Annual report of the Punjab Veterinary College and of the Civil Veterinary Department, Punjab - 1894-1908
Year: 1894
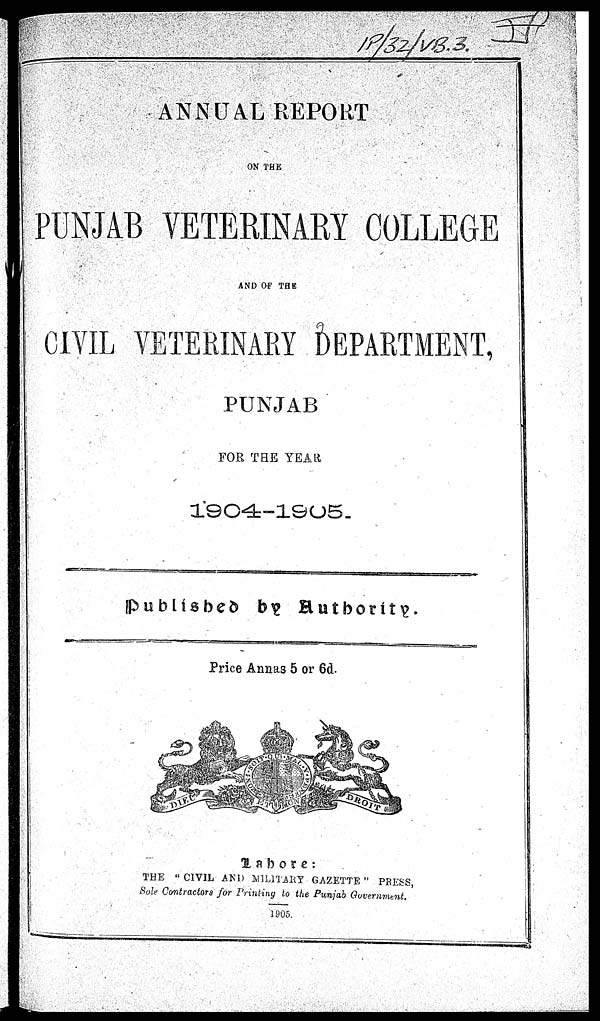
ANNUAL REPORT
ON THE
PUNJAB VETERINARY COLLEGE
AND OF THE
CIVIL VETERINARY DEPARTMENT,
PUNJAB
FOR THE YEAR
1904-1905.
Published
by Authority.
Price Annas 5 or 6d.
Lahore:
THE "CIVIL AND MILITARY GAZETTE" PRESS,
Sole Contractors for Printing to the Punjab Government.
1905.